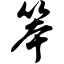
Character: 笨